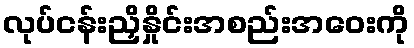
လုပ်ငန်းညှိနှိုင်းအစည်းအဝေးကို